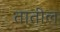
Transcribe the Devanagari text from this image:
तातील